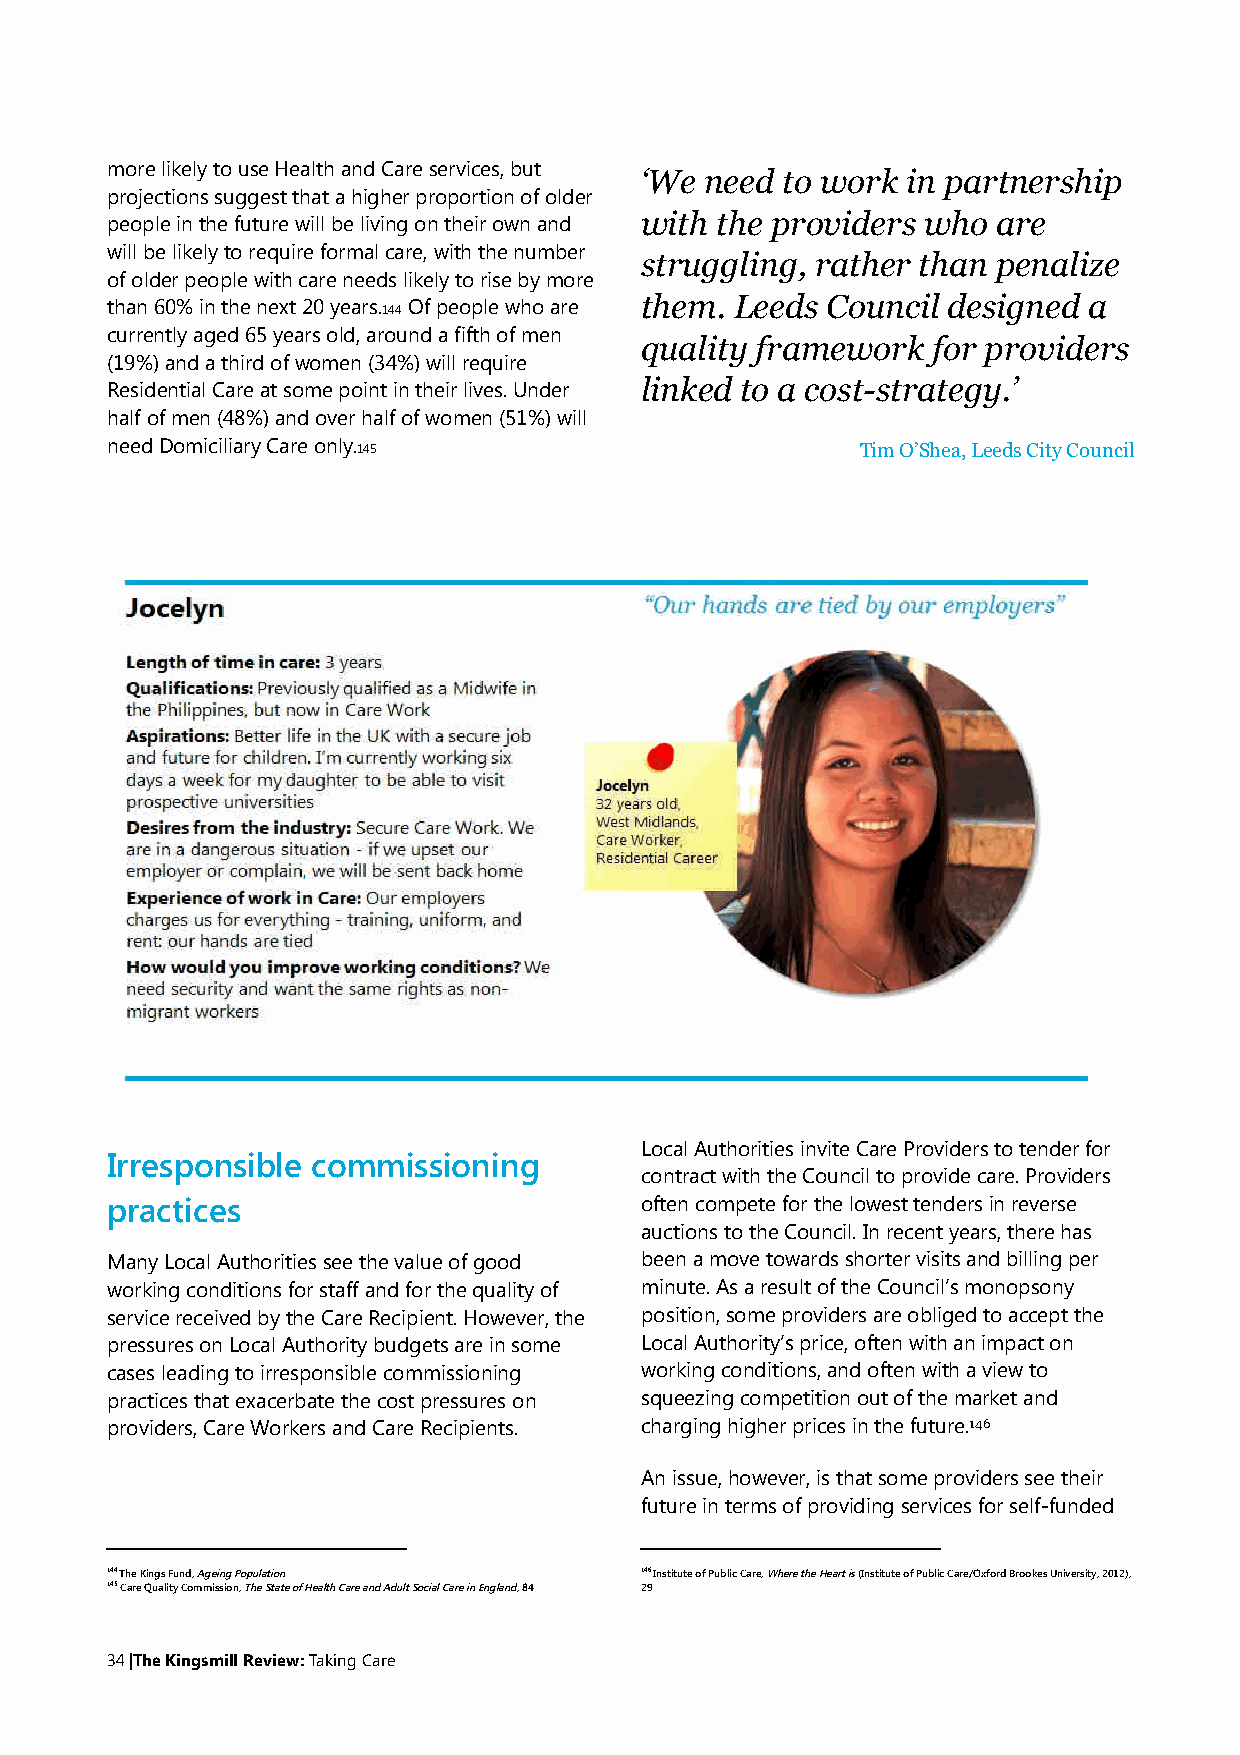
morelikelytouseHealthandCareservices,but
 ‘We  need to work in partnership
 projectionssuggestthatahigherproportionofolder
 with the providers who  are
 peopleinthefuturewillbelivingontheirownand
 willbelikelytorequireformalcare,withthenumber
 struggling, rather than penalize
 ofolderpeoplewithcareneedslikelytorisebymore
 them.  Leeds Council designed a
 than60%inthenext20years. Ofpeoplewhoare
 144
 currentlyaged65yearsold,aroundafifthofmen
 quality framework   for providers
 (19%)andathirdofwomen(34%)willrequire
 linked to a cost-strategy.’
 ResidentialCareatsomepointintheirlives.Under
 halfofmen(48%)andoverhalfofwomen(51%)will
 needDomiciliaryCareonly. 145                      TimO’Shea,LeedsCityCouncil
 LocalAuthoritiesinviteCareProviderstotenderfor
 Irresponsible commissioning
 contractwiththeCounciltoprovidecare.Providers
 practices                          oftencompeteforthelowesttendersinreverse
 auctionstotheCouncil.Inrecentyears,therehas
 ManyLocalAuthoritiesseethevalueofgood beenamovetowardsshortervisitsandbillingper
 workingconditionsforstaffandforthequalityof minute.AsaresultoftheCouncil’smonopsony
 servicereceivedbytheCareRecipient.However,the position,someprovidersareobligedtoacceptthe
 pressuresonLocalAuthoritybudgetsareinsome LocalAuthority’sprice,oftenwithanimpacton
 casesleadingtoirresponsiblecommissioning workingconditions,andoftenwithaviewto
 practicesthatexacerbatethecostpressureson squeezingcompetitionoutofthemarketand
 providers,CareWorkersandCareRecipients. charginghigherpricesinthefuture.146
 Anissue,however,isthatsomeprovidersseetheir
 futureintermsofprovidingservicesforself-funded
 144TheKingsFund,AgeingPopulation   146InstituteofPublicCare,WheretheHeartis(InstituteofPublicCare/OxfordBrookesUniversity,2012),
 145CareQualityCommission,TheStateofHealthCareandAdultSocialCareinEngland,84 29
 34|TheKingsmillReview:TakingCare